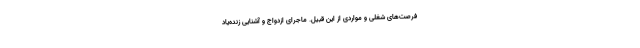
فرصت‌های شغلی و مواردی از این قبیل. ماجرای ازدواج و آشنایی زنده‌یاد